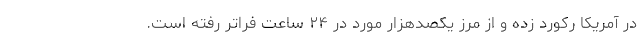
در آمریکا رکورد زده و از مرز یکصدهزار مورد در ۲۴ ساعت فراتر رفته است.